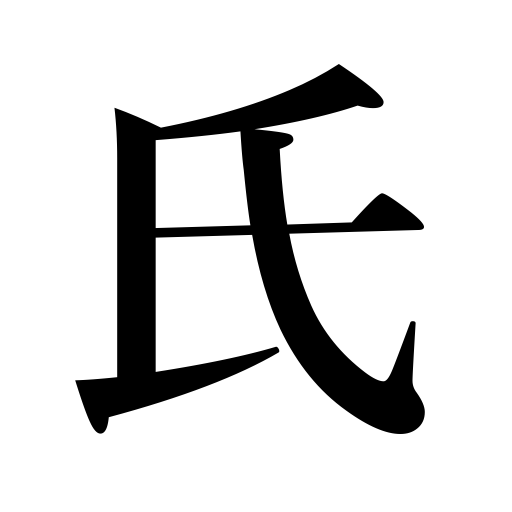
Meanings: lineage,surname,clan,family,Mr.,birth